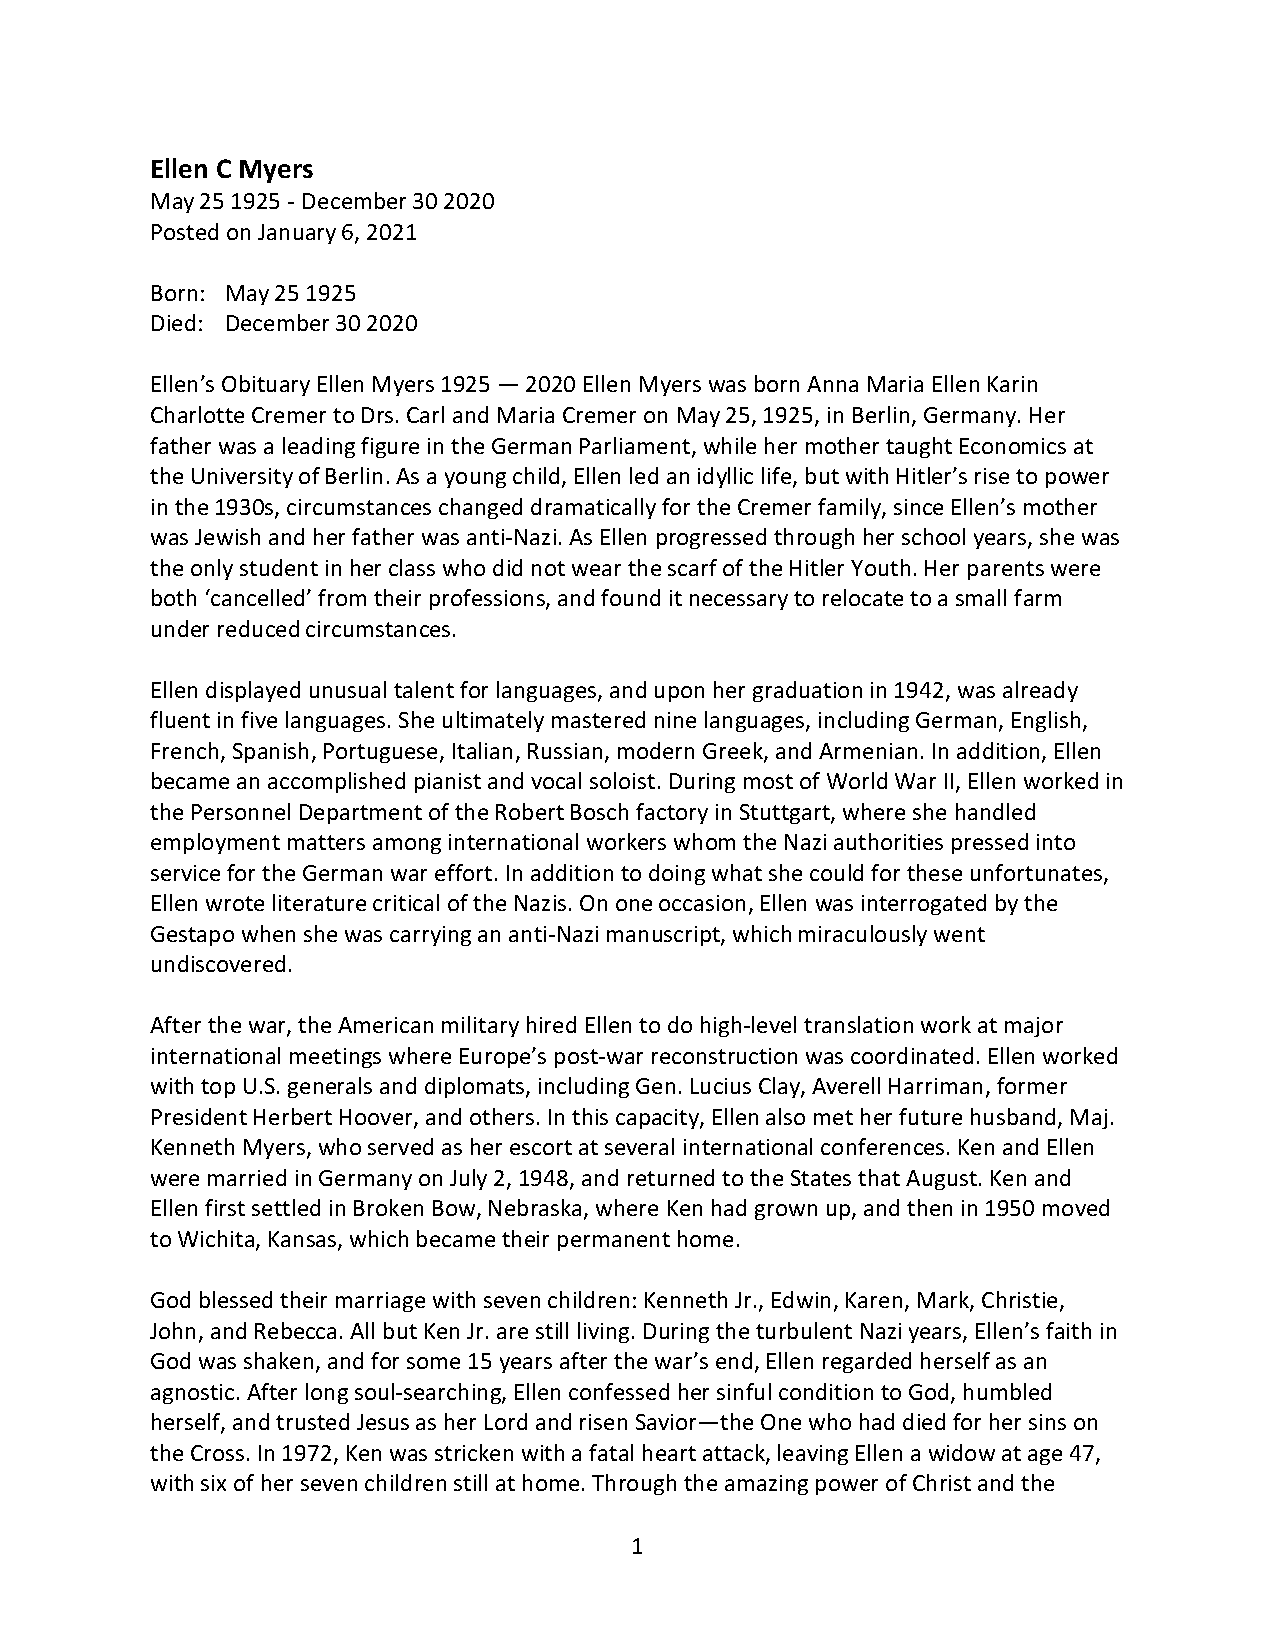
Ellen C Myers
 May 25 1925 - December 30 2020
 Posted on January 6, 2021
 Born: May 25 1925
 Died: December 30 2020
 Ellen’s Obituary Ellen Myers 1925 — 2020 Ellen Myers was born Anna Maria Ellen Karin
 Charlotte Cremer to Drs. Carl and Maria Cremer on May 25, 1925, in Berlin, Germany. Her
 father was a leading figure in the German Parliament, while her mother taught Economics at
 the University of Berlin. As a young child, Ellen led an idyllic life, but with Hitler’s rise to power
 in the 1930s, circumstances changed dramatically for the Cremer family, since Ellen’s mother
 was Jewish and her father was anti-Nazi. As Ellen progressed through her school years, she was
 the only student in her class who did not wear the scarf of the Hitler Youth. Her parents were
 both ‘cancelled’ from their professions, and found it necessary to relocate to a small farm
 under reduced circumstances.
 Ellen displayed unusual talent for languages, and upon her graduation in 1942, was already
 fluent in five languages. She ultimately mastered nine languages, including German, English,
 French, Spanish, Portuguese, Italian, Russian, modern Greek, and Armenian. In addition, Ellen
 became an accomplished pianist and vocal soloist. During most of World War II, Ellen worked in
 the Personnel Department of the Robert Bosch factory in Stuttgart, where she handled
 employment matters among international workers whom the Nazi authorities pressed into
 service for the German war effort. In addition to doing what she could for these unfortunates,
 Ellen wrote literature critical of the Nazis. On one occasion, Ellen was interrogated by the
 Gestapo when she was carrying an anti-Nazi manuscript, which miraculously went
 undiscovered.
 After the war, the American military hired Ellen to do high-level translation work at major
 international meetings where Europe’s post-war reconstruction was coordinated. Ellen worked
 with top U.S. generals and diplomats, including Gen. Lucius Clay, Averell Harriman, former
 President Herbert Hoover, and others. In this capacity, Ellen also met her future husband, Maj.
 Kenneth Myers, who served as her escort at several international conferences. Ken and Ellen
 were married in Germany on July 2, 1948, and returned to the States that August. Ken and
 Ellen first settled in Broken Bow, Nebraska, where Ken had grown up, and then in 1950 moved
 to Wichita, Kansas, which became their permanent home.
 God blessed their marriage with seven children: Kenneth Jr., Edwin, Karen, Mark, Christie,
 John, and Rebecca. All but Ken Jr. are still living. During the turbulent Nazi years, Ellen’s faith in
 God was shaken, and for some 15 years after the war’s end, Ellen regarded herself as an
 agnostic. After long soul-searching, Ellen confessed her sinful condition to God, humbled
 herself, and trusted Jesus as her Lord and risen Savior—the One who had died for her sins on
 the Cross. In 1972, Ken was stricken with a fatal heart attack, leaving Ellen a widow at age 47,
 with six of her seven children still at home. Through the amazing power of Christ and the
 1